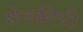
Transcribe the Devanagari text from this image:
शेतकीची